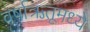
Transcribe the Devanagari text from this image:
वर्षाऋतूमध्ये